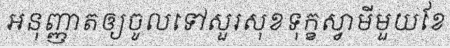
អនុញ្ញាតឲ្យចូលទៅសួរសុខទុក្ខស្វាមីមួយខែ